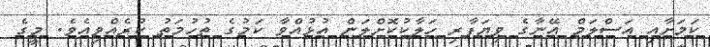
ކަމަށާއި އަސްލަމް އޭނާގެ ވިޔަފާރި ހަލާކުކޮށްލަން އުޅުއްވާ ކަމުގެ ތުހުމަތު ކުރެއްވިއެވެ. މީގެ